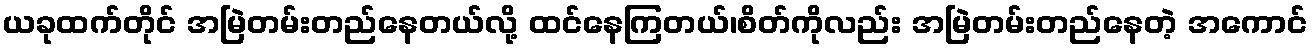
ယခုထက်တိုင် အမြဲတမ်းတည်နေတယ်လို့ ထင်နေကြတယ်၊စိတ်ကိုလည်း အမြဲတမ်းတည်နေတဲ့ အကောင်